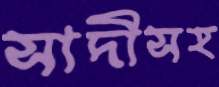
সাদীসহ